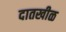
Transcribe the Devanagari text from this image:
दातखीळ